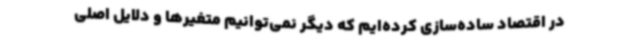
در اقتصاد ساده‌سازی کرده‌ایم که دیگر نمی‌توانیم متغیرها و دلایل اصلی